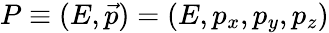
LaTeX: P\equiv(E,{\vec{p}})=(E,p_{x},p_{y},p_{z})